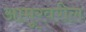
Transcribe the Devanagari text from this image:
आमूरवरील